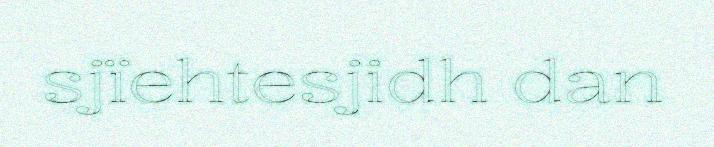
sjïehtesjidh dan